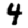
Digit: 4